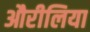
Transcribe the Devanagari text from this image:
औरीलिया